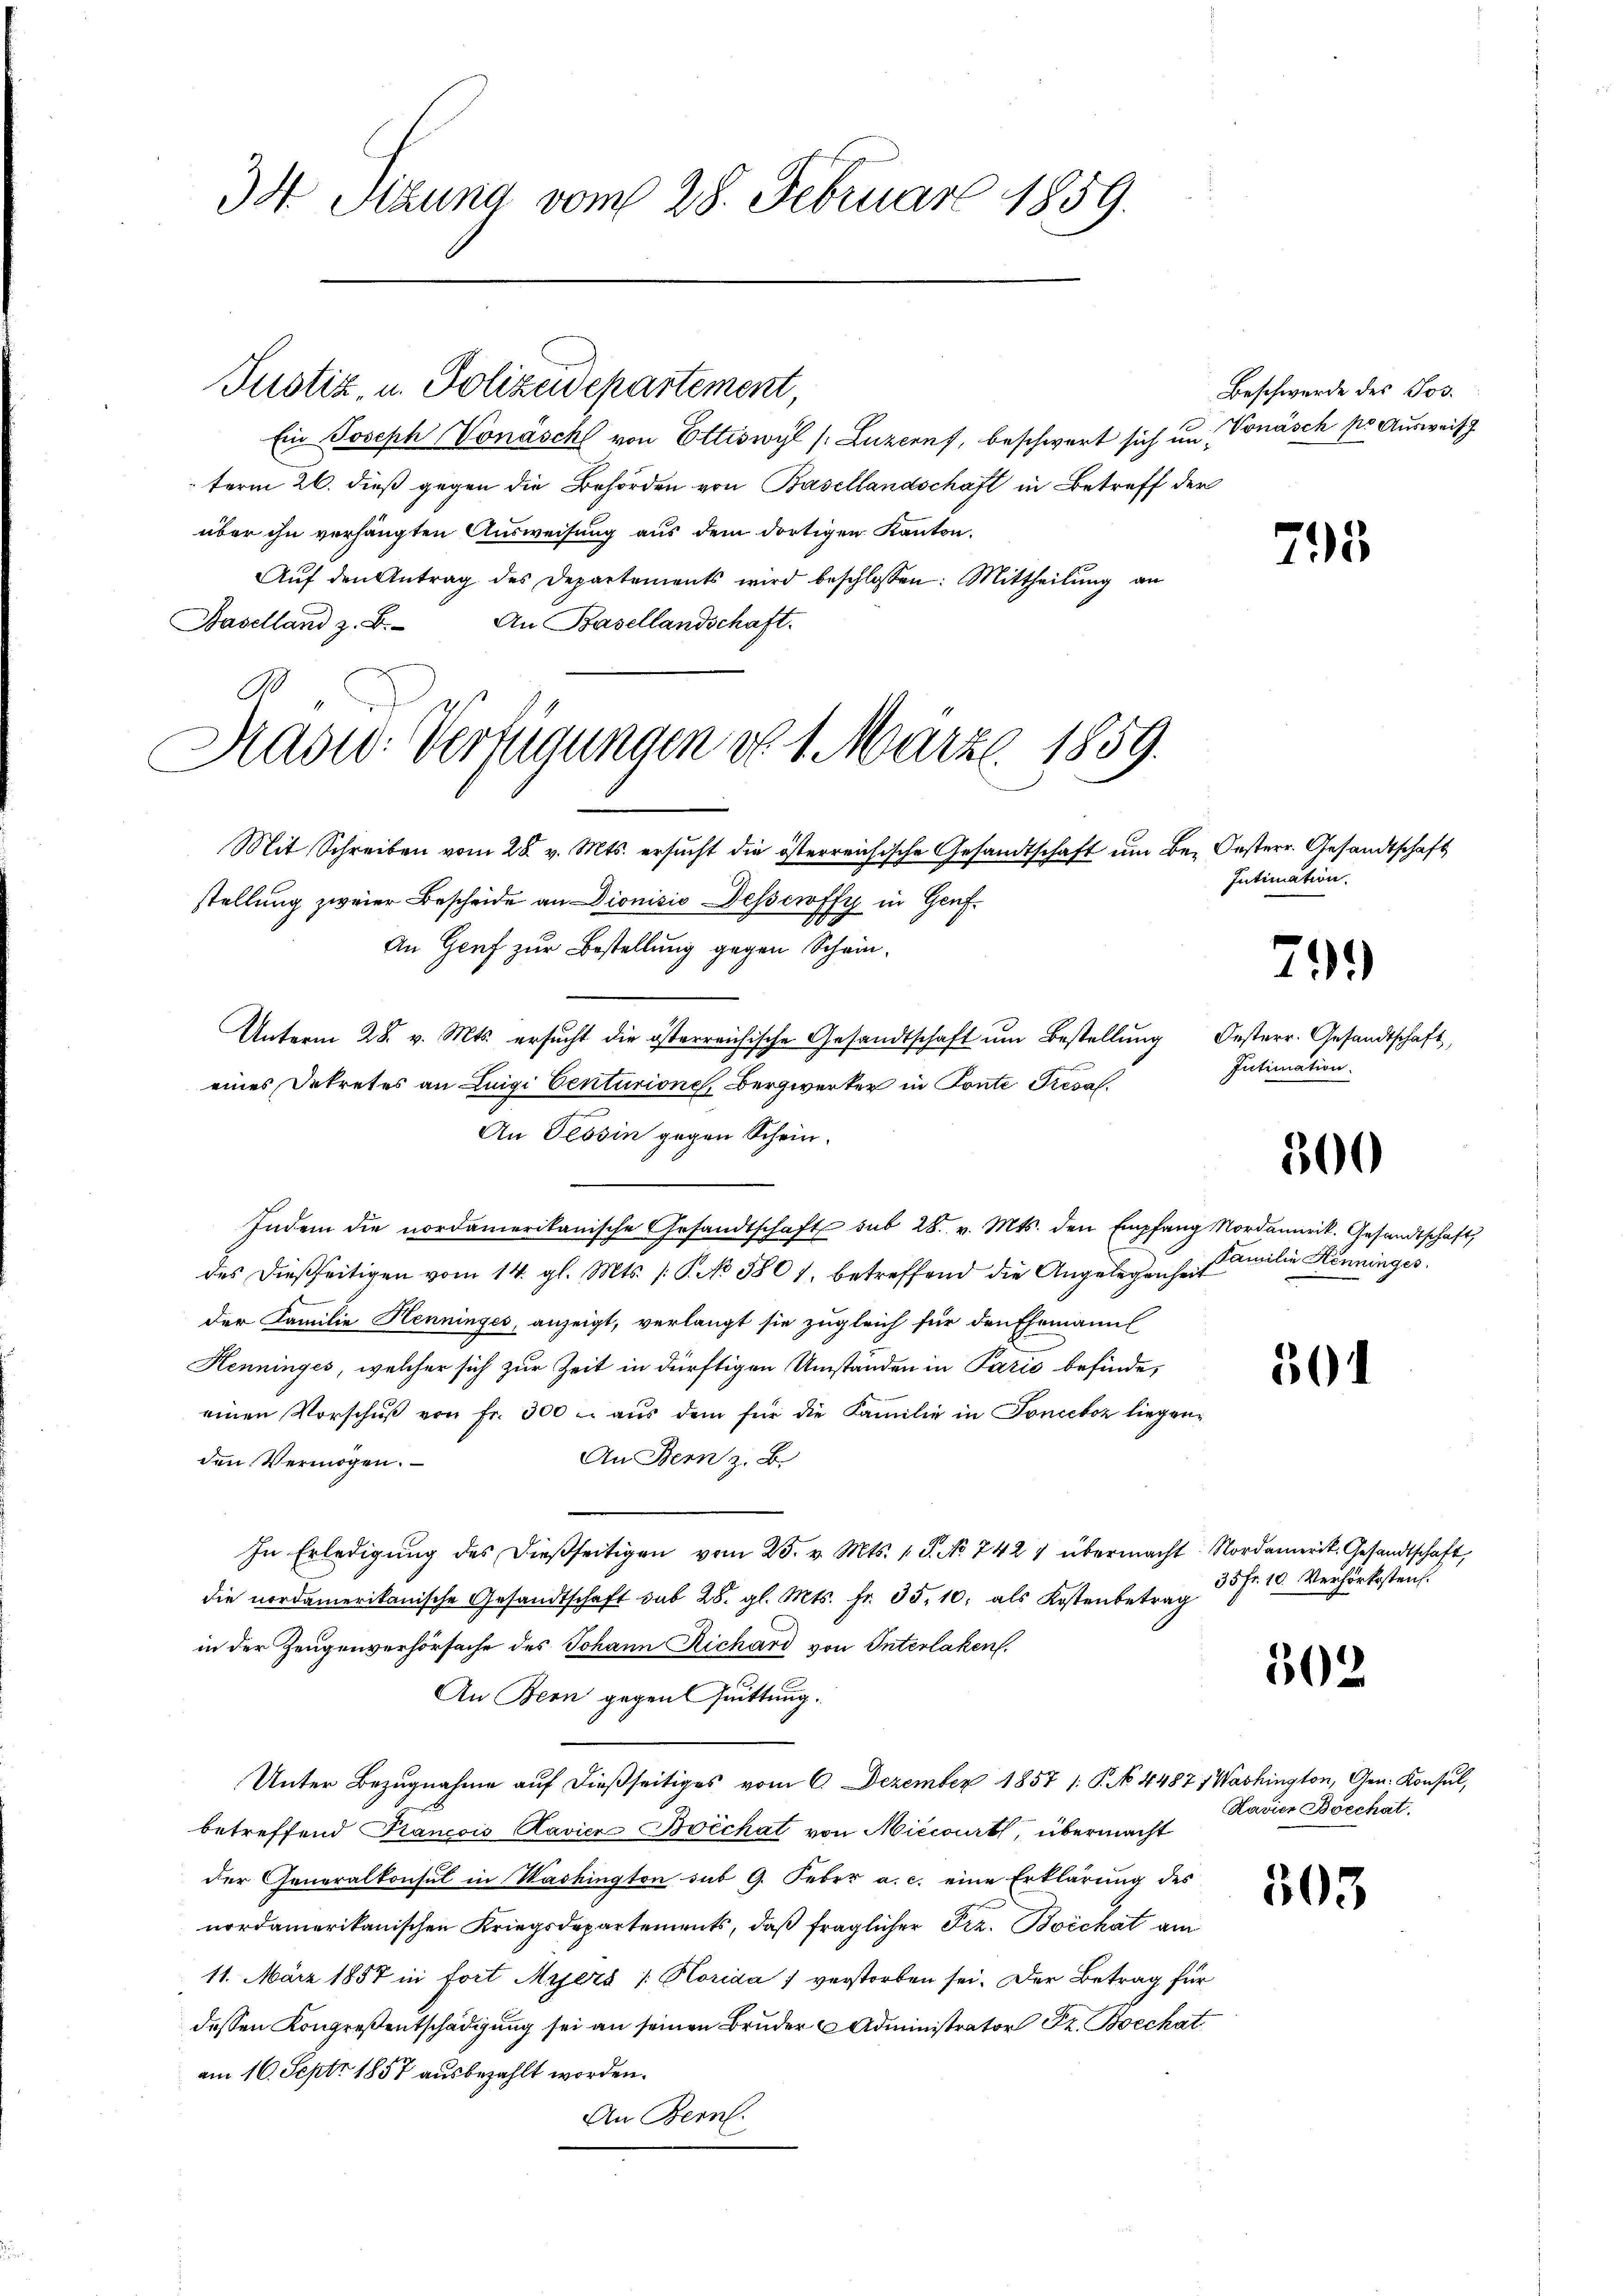
34. Sitzung vom 28. Februar 1859.

Ein Joseph Vonäschl von Ettiswyl (Luzern, beschwert sich um Vonäsch pr. Ausweis
term 26. dieß gegen die Behörden von Basellandschaft in Betreff der
über ihn verhängten Ausweisung aus dem dortigen Kanton.
Aŭf den Antrag des Departements wird beschlossen: Mittheilŭng an
Baselland z. B. An Basellandschaft.
Mit Schreiben vom 28. v. Mts. ersŭcht die österreichische Gesandtschaft ŭm Be- Oesterr. Gesandtschaft
stellung zweier Bescheide an Dionisis Desserotti in Genf.
No
An Genf zur Bestellung gegen Schein¬
Unterm 28. v. Mts. ersŭcht die österreichische Gesandtschaft ŭm Bestellŭng Oesterr. Gesandtschaft,
eines Dekretes an Luigi Centurione, Bergwerker in Ponte Tresal.
An Tessin gegen Schein.
Indem die nordamerikanische Gesandtschaft sub 28. v. Mts. den Empfang Nordamerik. Gesandtschaft,
des dießseitigen vom 14. gl. Mts. /: P. No 580 1, betreffend die Angelegenheit
der Familie Henninges, anzeigt, verlangt sie zugleich für den Ehemann
Henninges, welcher sich zur Zeit in dürftigen Umständen in Paris befinde,
einen Vorschŭβ von fr. 300. aŭs dem für die Familie in Fonceboz liegen-
An Bern z. B.
den Vermögen.
In Erledigŭng des dießseitigen vom 25. v. Mts. 1 S. No 742 4 übermacht. Nordamerit. Gesandtschaft,
die nordamerikanische Gesandtschaft sub 28. gl. Mts. fr. 35. 10. als Kostenbetrag
in der Zeugenverhörsache des Johann Richard von Interlaken.
An Bern gegen Quittung.
Unter Bezugnahme auf dießseitiges vom 6. Dezember 1857 /: P. No 4487, Washington, Gen. Konsul,
betreffend Pancois Ravier Borchat von Niedert, übermacht
der Generalkonsul in Washington sub 9. Feber a. c. eine Erklärung des
nordamerikanischen Kriegsdepartements, daß fraglicher Frz. Boichat am
11. März 1857 in Fort Ayers / Horida verstorben sei. Der Betrag für
dessen Kongreßentschädigung sei an seinen Bruder Administrator Fr. Boeckat
am 16. Sept. 1857 ausbezahlt worden.
An Bern.

Justiz, u. Polizeidepartement,

Hasid. Verfügungen do 1. März 1859.

Beschwerde des Jos.

795

Intimation.

29.

Intimation.

300

Familie Henninges.

301

35 Fr. 10. Verhörksten.

502

Havier Boechat.

305